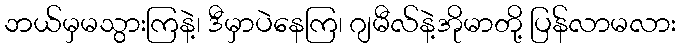
ဘယ်မှမသွားကြနဲ့၊ ဒီမှာပဲနေကြ၊ ဂျမီလ်နဲ့အိုမာတို့ ပြန်လာမလား